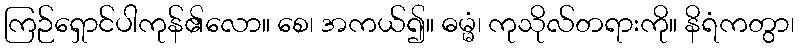
ကြဉ်ရှောင်ပါကုန်၏လော။ စေ၊ အကယ်၍။ ဓမ္မံ၊ ကုသိုလ်တရားကို။ နိရံကတွာ၊